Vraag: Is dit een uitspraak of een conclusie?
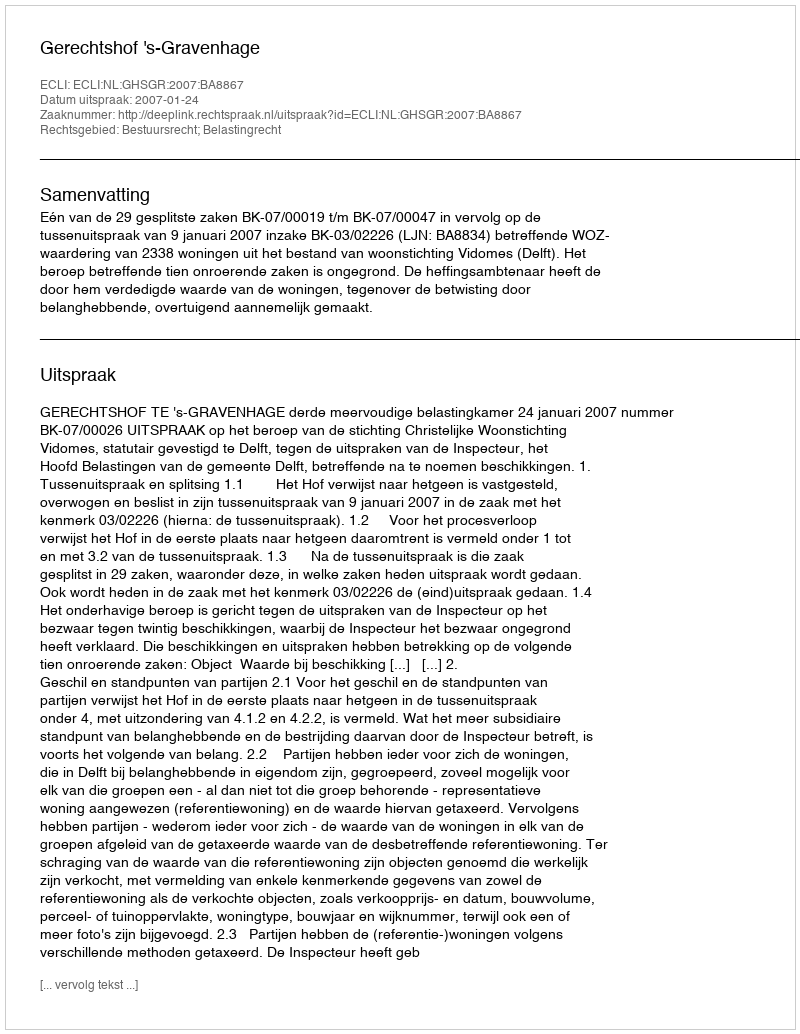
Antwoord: Uitspraak